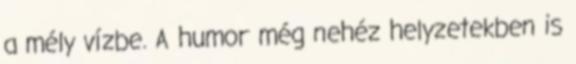
a mély vízbe. A humor még nehéz helyzetekben is